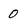
Character: 0